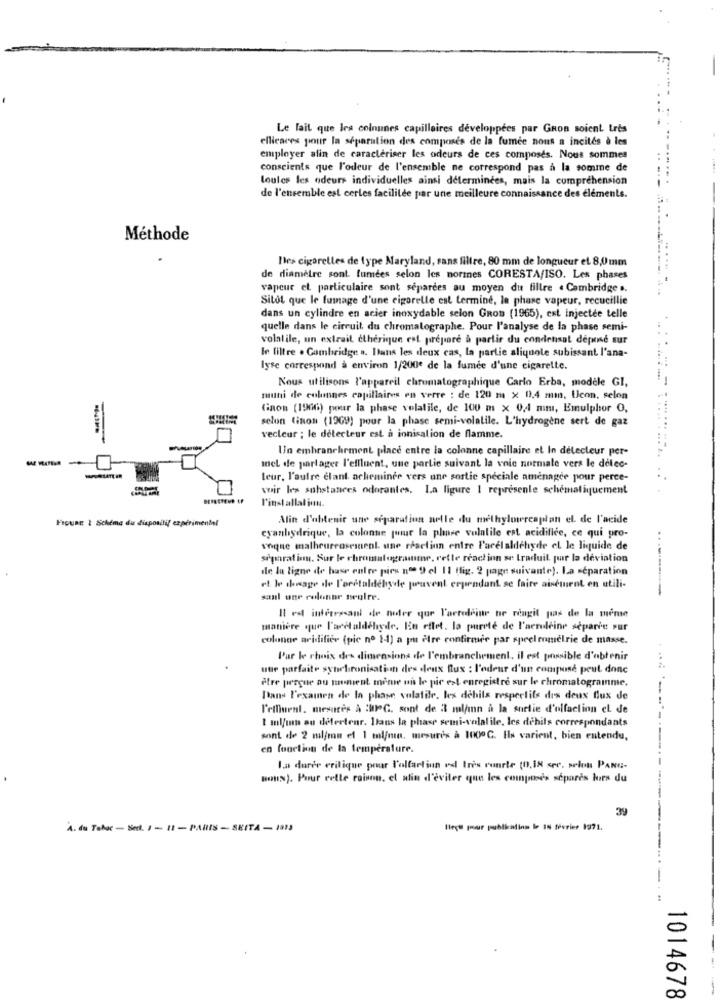
Le lait que les colnunes capillaires developpees par GRon soient Lres
ellicares pour la séparation des composes de la fumée nous a incités à les
employer afin de caracteriser les odeurs de ces composes. Nous sommes
conscients que l'odeur de l'ensemble ne correspond pas à la somme de
toutes les odeurs individuelles ainsi déterminées, mais la compréhension
de l'ensemble est cerles facilitée par une meilleure connaissance des éléments.
Méthode
Des cigarettes de type Maryland, sans filtre, 80 mm de longueur et 8,0mm
de diamètre sont lumees selon les normes CORESTA/ISO. Les phases
vapeur et particulaire sont séparées au moyen du fillre . Cambridge ..
Sitol que le fumage d'une cigorelle est termine, la phase vapeur, recueillie
dans un cylindre en acier inoxydable selon GRos (1965), est injectée telle
quelle dans le circuit du chromatographe. Pour l'analyse de la phase semi-
volalile, un extrait cthérique est prépare à partir du condensat déposé sur
In filtre . Combridge a. Itans les deux cas, la partie aliquote subissant l'ana-
lyse correspond à environ 1/200e de la fumée d'une cigarette.
Nous utilisons l'appareil chrumatographique Carlo Erba, modele GI,
muni de colonnes capillaires en verre : de 120 m x 0,4 mm, Ucon, selon
Gaon (1966) pour la phase volatile, de 100 m x 0,4 mm, Emulphor O,
selon tinon (1969) pour la phase semi-volatile. L'hydrogène sert de gaz
vecleur ; le détecteur est à ionisation de flamme.
Un embranchement place entre la colonne capillaire et In délecteur per-
mel de partager l'effluent, une partie suivant la voie normale vers le delec-
teur, l'autre elant acheminer vers une sortie speciale amenagee pour perce-
voir les substances odorantes, La ligure 1 represente schématiquement
l'installation.
Figuag 2 Schéma du dispositif expérimental
Afin d'obtenir une séparation nelle du methylowrcaplan el. de l'acide
cyanhydrique, la colonne pour la phare volatile est acidifice, ce qui pro-
vogue malheureusement. une réaction entre l'acel aldehyde el le liquide de
separat ism. Sur le chromatograme, rette reaction se traduit par la déviation
de la ligne de base entre pies nº 9 el 11 (fig. 2 page suivante). La séparation
rt le shaage de l'oretaldehyde peuvent cependant se faire aisément en utili-
sant une colonne seulre.
Il est interessant de noter que l'actodoine ur reagit pas de la même
manière que l'arctaldehyde. En effet. la pureté de l'aeroleine separie sur
coloner acidifier (pic no 1-1) a pu être confirme par spectrométrie de masse.
Par le choix des dimensions de l'embranchement, il est possible d'obtenir
une parfaite syhebronisation des deux flux : l'odeur d'un compose peut donc
être pergue au tamient mome un le pic est enregistré sur le chromatogramme.
Dans L'examen de la phase volatile, les debils respectifs des deux flux de
--
l'etfluent. mesures à :WOG. sont de il ml/mn à la sortie d'olfaction el de
I ml/mn ou detertenr. Dans la phase semi-volalile, les dehils correspondants
sont de 2 mil/mn ef 1 ml/me, mesures à 1000℃. Ils varient, bien entendu,
en fonction de la température.
la durée critique pour l'olfartiun vd très runrte (0,18 sec, selon PANG-
sous). Pour cette raison, el afin d'éviter que les comptes separes lors du
39
A. du Tabac - Best. 1- 11 - PARIS - SKITA - 1915
Hege pour publication le IN février 1971.
1014678